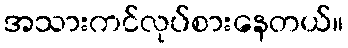
အသားကင်လုပ်စားနေတယ်။